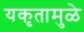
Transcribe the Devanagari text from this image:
यकृतामुळे